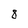
Character: 8